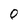
Character: O